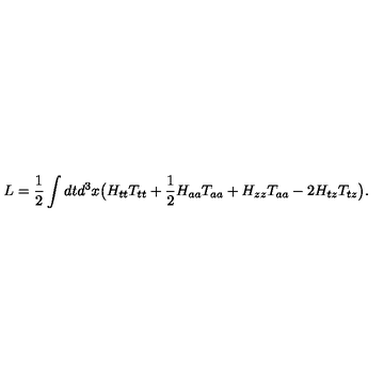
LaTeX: L = \frac { 1 } { 2 } \int d t d ^ { 3 } x \big ( H _ { t t } T _ { t t } + \frac { 1 } { 2 } H _ { a a } T _ { a a } + H _ { z z } T _ { a a } - 2 H _ { t z } T _ { t z } \big ) .